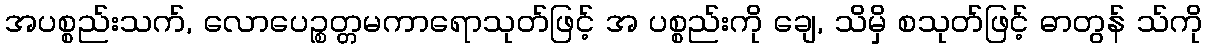
အပစ္စည်းသက်, လောပေဉ္စတ္တမကာရောသုတ်ဖြင့် အ ပစ္စည်းကို ချေ, သိမှိ စသုတ်ဖြင့် ဓာတွန် သ်ကို